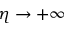
\eta \to + \infty